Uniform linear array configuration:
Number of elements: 64
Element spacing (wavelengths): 0.25
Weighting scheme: cosine
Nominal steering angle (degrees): -60
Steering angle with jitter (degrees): -59.749
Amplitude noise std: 0.05
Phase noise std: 0.05

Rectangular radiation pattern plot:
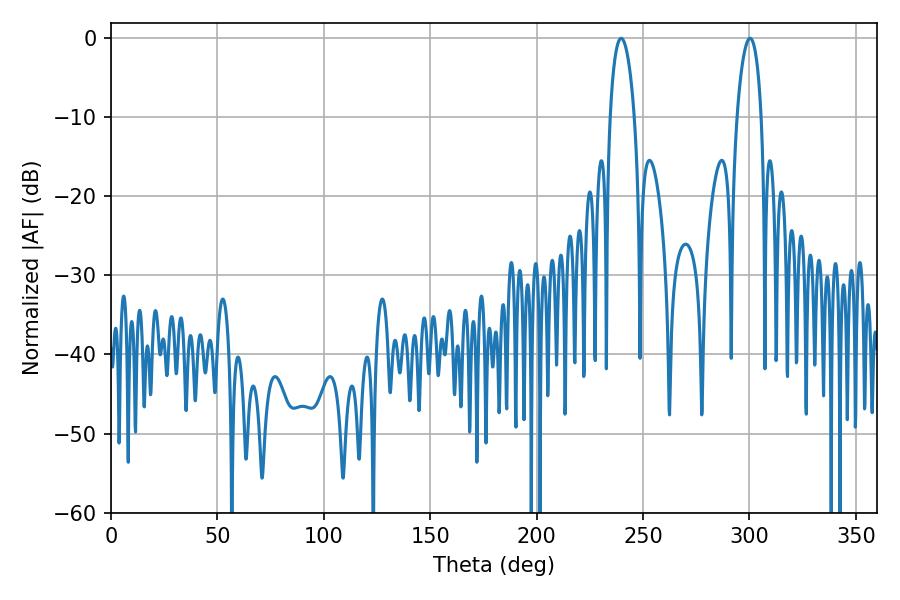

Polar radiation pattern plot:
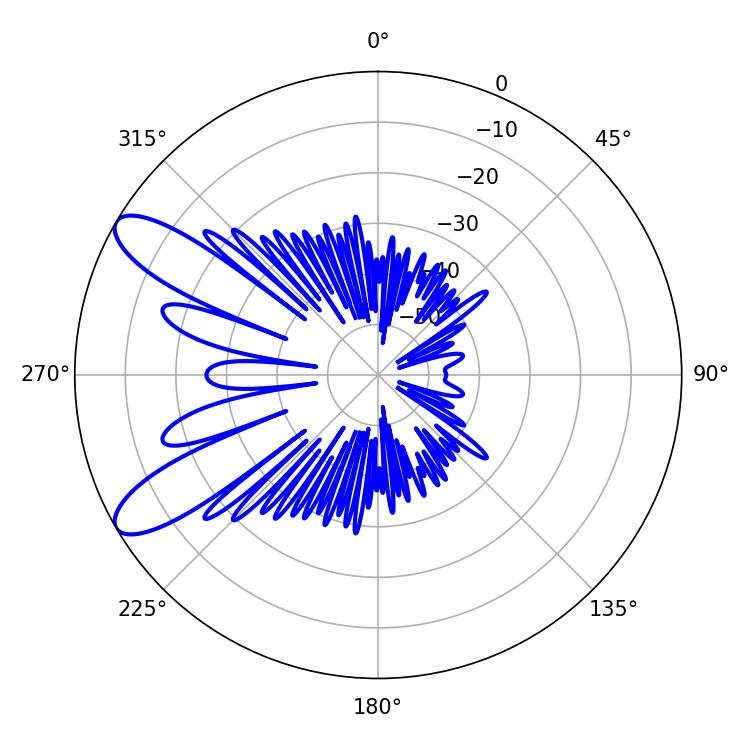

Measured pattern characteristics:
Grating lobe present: FALSE
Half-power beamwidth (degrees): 6.48
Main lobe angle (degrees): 239.76